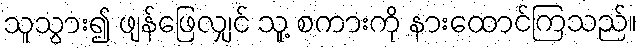
သူသွား၍ ဖျန်ဖြေလျှင် သူ့ စကားကို နားထောင်ကြသည်။